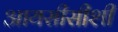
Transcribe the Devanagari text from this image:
आयसीसीशी